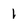
Character: 1